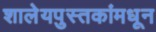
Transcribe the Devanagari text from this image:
शालेयपुस्तकांमधून